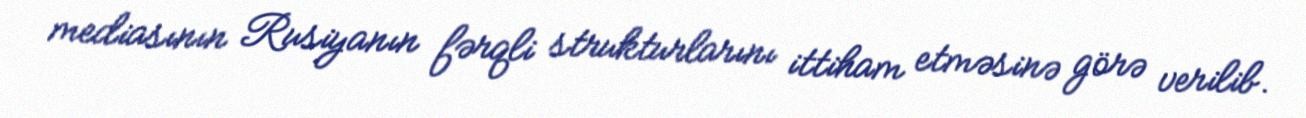
mediasının Rusiyanın fərqli strukturlarını ittiham etməsinə görə verilib.